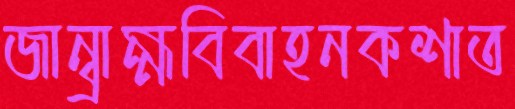
জান্‌ব্রাহ্মবিবাহনকশাত